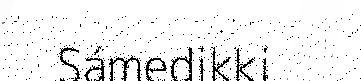
Sámedikki